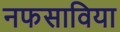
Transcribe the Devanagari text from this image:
नफसाविया